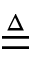
\triangleq